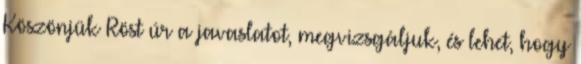
Köszönjük Röst úr a javaslatot, megvizsgáljuk, és lehet, hogy